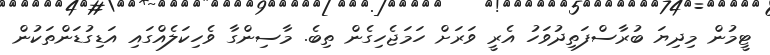
ޓީމުން މިދިޔަ ބުރާސްފަތިދުވަހު އެރީ ވަރަށް ހަމަޖެހިގެން ތިބެ. މާސިންގާ ވެހިކަލެއްގައި އަޑިގުޑަންތަކުން